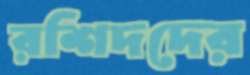
রশিদদের